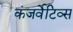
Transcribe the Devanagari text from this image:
कंजर्वेटिव्स